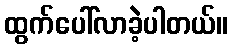
ထွက်ပေါ်လာခဲ့ပါတယ်။